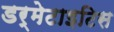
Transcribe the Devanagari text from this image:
डर्मेटाइटिस